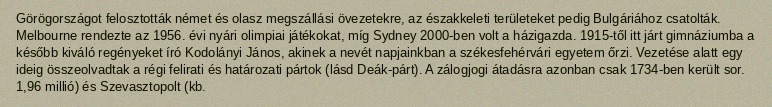
Görögországot felosztották német és olasz megszállási övezetekre, az északkeleti területeket pedig Bulgáriához csatolták. Melbourne rendezte az 1956. évi nyári olimpiai játékokat, míg Sydney 2000-ben volt a házigazda. 1915-től itt járt gimnáziumba a később kiváló regényeket író Kodolányi János, akinek a nevét napjainkban a székesfehérvári egyetem őrzi. Vezetése alatt egy ideig összeolvadtak a régi felirati és határozati pártok (lásd Deák-párt). A zálogjogi átadásra azonban csak 1734-ben került sor. 1,96 millió) és Szevasztopolt (kb.